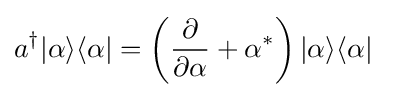
a^{\dagger }|\alpha \rangle \langle \alpha |=\left({\partial  \over \partial \alpha }+\alpha ^{*}\right)|\alpha \rangle \langle \alpha |~